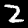
Label: 2